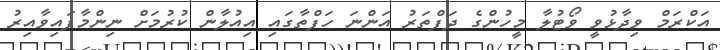
އަކްރަމް ވިދާޅުވީ ވޯޓުލާ މީހުންގެ ދަފްތަރު އަންނަ ހަފްތާގައި އިއުލާން ކުރުމަށް ނިންމާފައިވާއިރު